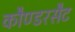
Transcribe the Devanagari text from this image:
कौण्डरसैट